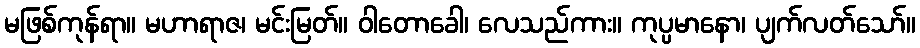
မဖြစ်ကုန်ရာ။ မဟာရာဇ၊ မင်းမြတ်။ ဝါတောခေါ၊ လေသည်ကား။ ကုပ္ပမာနော၊ ပျက်လတ်သော်။